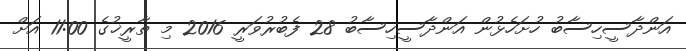
އަންދާސީހިސާބު ހުށަހެޅުން އަންދާސީހިސާބު 28 ފެބުރުވަރީ 2016 މި ތާރީޚުގެ 11:00 އަށް